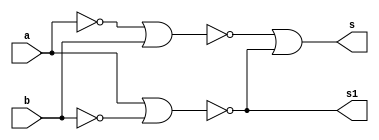
// ---------------------
// Guia 05_05 - Diferenca completa de valores binarios com 3 bits
// Nome: Heitor Terozendi
// ---------------------

//--- Module Meia Diferena Nor ---

module meiadiferenca (s, s1, b, a);
output s, s1;
input a, b;
wire s2, s3, s4, s5;
nor NOR1(s2, a, a);
nor NOR2(s3, b, b);
nor NOR3(s4, s2, b);
nor NOR4(s1, a, s3);
nor NOR5(s5, s4, s1);
nor NOR6(s, s5, s5);

endmodule // meiadiferenca

module diferencacompleta (s, s1, a, b, vemum);
output s, s1;
input a, b, vemum;
wire s2, s3, s4, s5;

meiadiferenca M1(s2, s3, a, b);
meiadiferenca M2(s, s4, s2, vemum);
nor NOR1(s5, s3, s4);
nor NOR2(s1, s5, s5);

endmodule // diferencacompleta

//--- Module Teste ---

module testediferenca3bits;
reg [2:0]A;
reg [2:0]B;
wire [3:0]S;
wire [1:0]W;

meiadiferenca M1(S[0], W[0], A[0], B[0]);
diferencacompleta S1(S[1], W[1], A[1], B[1], W[0]);
diferencacompleta S2(S[2], S[3], A[2], B[2], W[1]); 

// parte principal
   initial begin
	   $display("Guia 05_05 - Diferenca completa de valores binarios com 3 bits");
		$display("Nome: Heitor Terozendi - Matricula: 396698");
      $display("\n a - b = s \n");
		A = 0;
		B = 0;
  		while(A != 7)
		  begin
		    A = (B == 0)? A : A + 1;
			 B = 0;
  #1      $display("%b - %b = %b", A, B, S);
			 while(B != 7)
			   begin
				  B = B + 1;
  #1              $display("%b - %b = %b", A, B, S);
		      end
		  end
  end

endmodule // testediferenca3bits